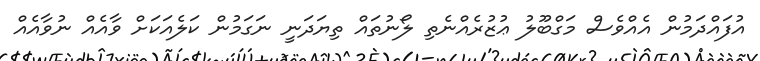
އުފައްދަމުން އެއްވެސް މަގްބޫލު ޢުޒުރެއްނެތި ލޯނުތައް ތިޔަދަނީ ނަގަމުން ކަލެއަކަށް ވާއެއް ނުވާއެއް